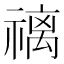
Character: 䄜